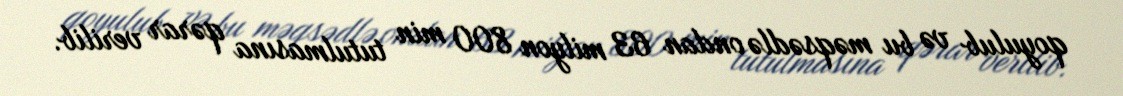
qoyulub və bu məqsədlə ondan 63 milyon 800 min tutulmasına qərar verilib.